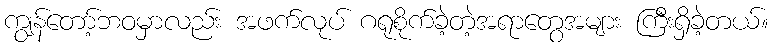
ကျွန်တော့်ဘဝမှာလည်း အဖက်လုပ် ဂရုစိုက်ခဲ့တဲ့အရာတွေအများ ကြီးရှိခဲ့တယ်။